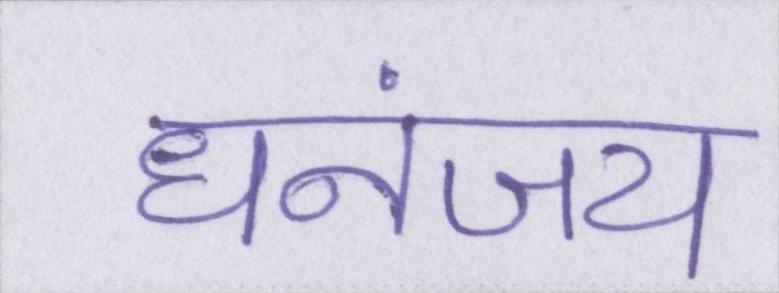
धनंजय